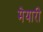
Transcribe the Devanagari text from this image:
मेयारी